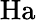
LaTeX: \mathrm{Ha}